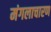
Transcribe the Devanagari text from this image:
मंगलाचारण